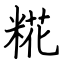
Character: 糀